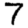
Digit: 7